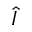
\hat { I }